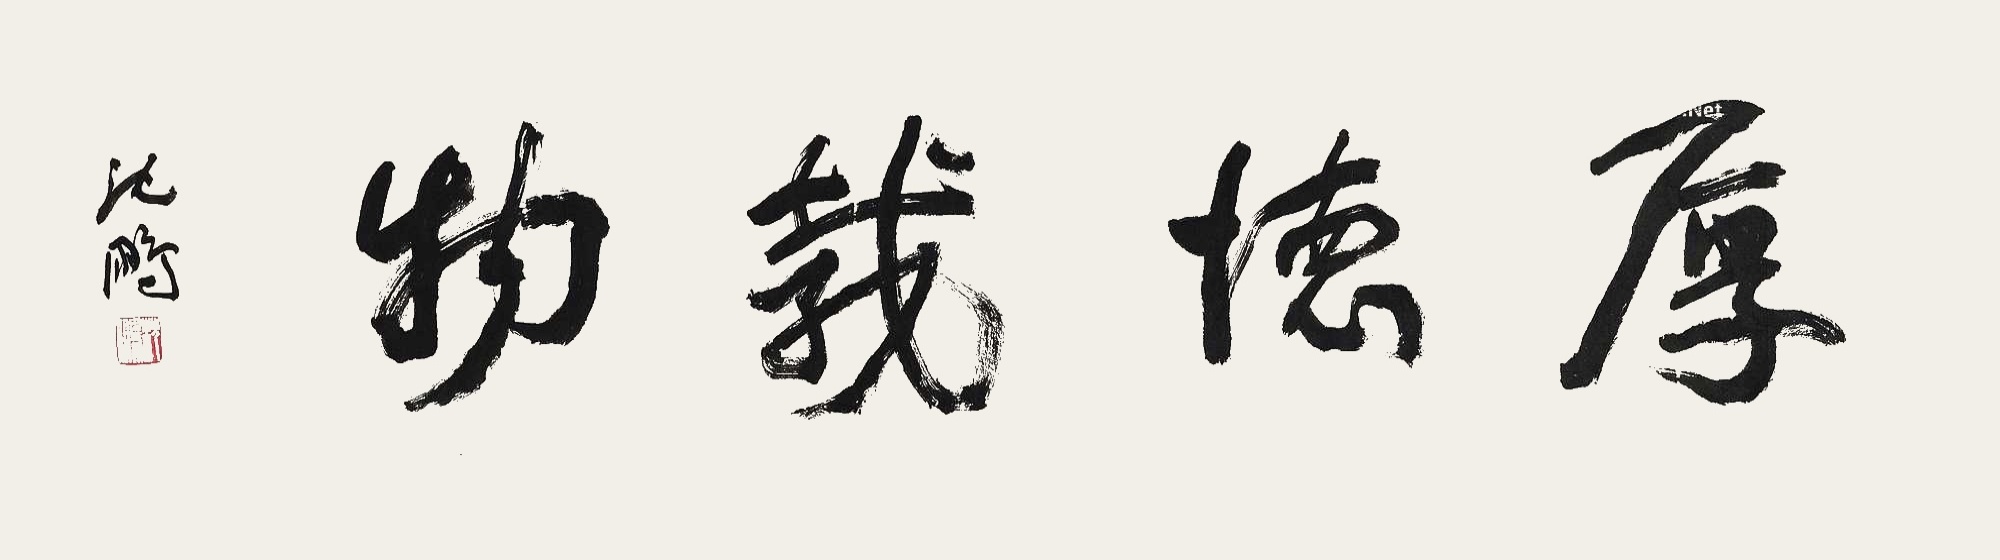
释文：厚德载物。沈鹏。